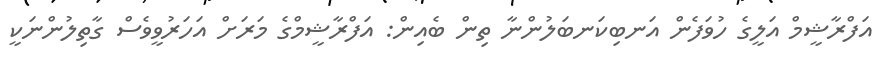
އަފްރާޝީމް އަލީގެ ހުވަފެން އަނބިކަނބަލުންނާ ތިން ބެއިން: އަފްރާޝީމްގެ މަރަށް އަހަރުވީވެސް ގާތިލުންނަކީ